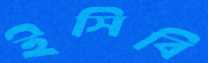
ইসিবি